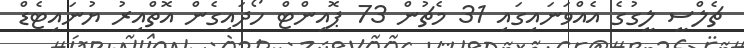
ޗެލްސީ ލީގުގެ އެއްވަނައިގައި 31 މެޗުން 73 ޕޮއިންޓް ހޯދައިގެން އޮތްއިރު ޔުނައިޓެޑް